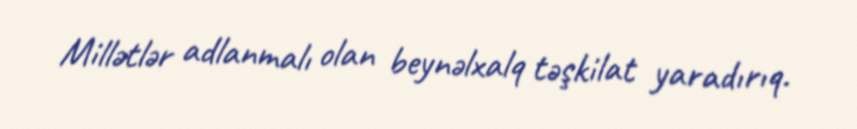
Millətlər adlanmalı olan beynəlxalq təşkilat yaradırıq.